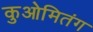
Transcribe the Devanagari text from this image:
कुओमितंग